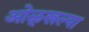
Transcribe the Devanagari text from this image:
ओळ्खल्या